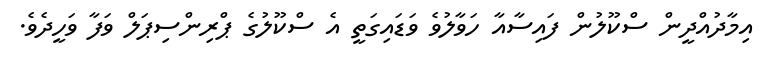
އިމާދުއްދީން ސްކޫލުން ފައިސާއާ ހަވާލުވެ ވަޑައިގަތީ އެ ސްކޫލުގެ ޕްރިންސިޕަލް ވަފާ ވަހީދެވެ.